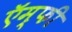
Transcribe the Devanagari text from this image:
ऍम्‍फी